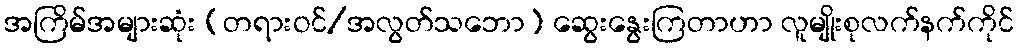
အကြိမ်အများဆုံး (တရားဝင်/အလွတ်သဘော) ဆွေးနွေးကြတာဟာ လူမျိုးစုလက်နက်ကိုင်